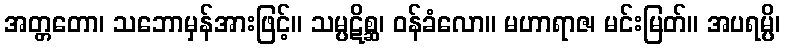
အတ္တတော၊ သဘောမှန်အားဖြင့်။ သမ္ပဋိစ္ဆ၊ ဝန်ခံလော။ မဟာရာဇ၊ မင်းမြတ်။ အပရမ္ပိ၊